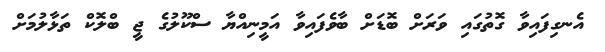
އެނގިފައިވާ ގޮތުގައި ވަރަށް ބޮޑަށް ބާވެފައިވާ އަމީނިއްޔާ ސްކޫލުގެ ޖީ ބްލޮކް ތަޅާލުމަށް